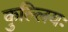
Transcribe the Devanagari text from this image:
कुल्लियः